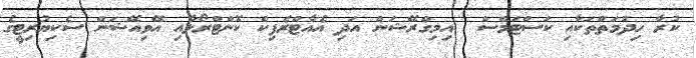
ކުރާ ހިދުމަތްތަކާއި ކަސްޓަމްސްް  އިމިގްރޭޝަން އަދި އެއާޓްރެފިކް ކޮންޓްރޯލާއި އޭވިއޭޝަން ސެކިޔުރިޓީގެ